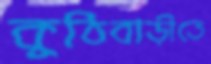
কুঠিবাড়ীতে